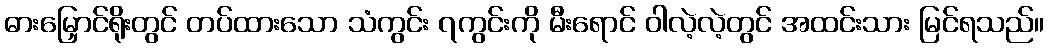
ဓားမြှောင်ရိုးတွင် တပ်ထားသော သံကွင်း ၇ကွင်းကို မီးရောင် ဝါလဲ့လဲ့တွင် အထင်းသား မြင်ရသည်။